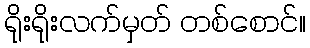
ရိုးရိုးလက်မှတ် တစ်စောင်။